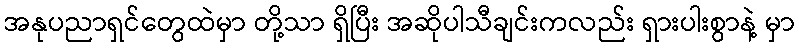
အနုပညာရှင်တွေထဲမှာ တို့သာ ရှိပြီး အဆိုပါသီချင်းကလည်း ရှားပါးစွာနဲ့ မှာ